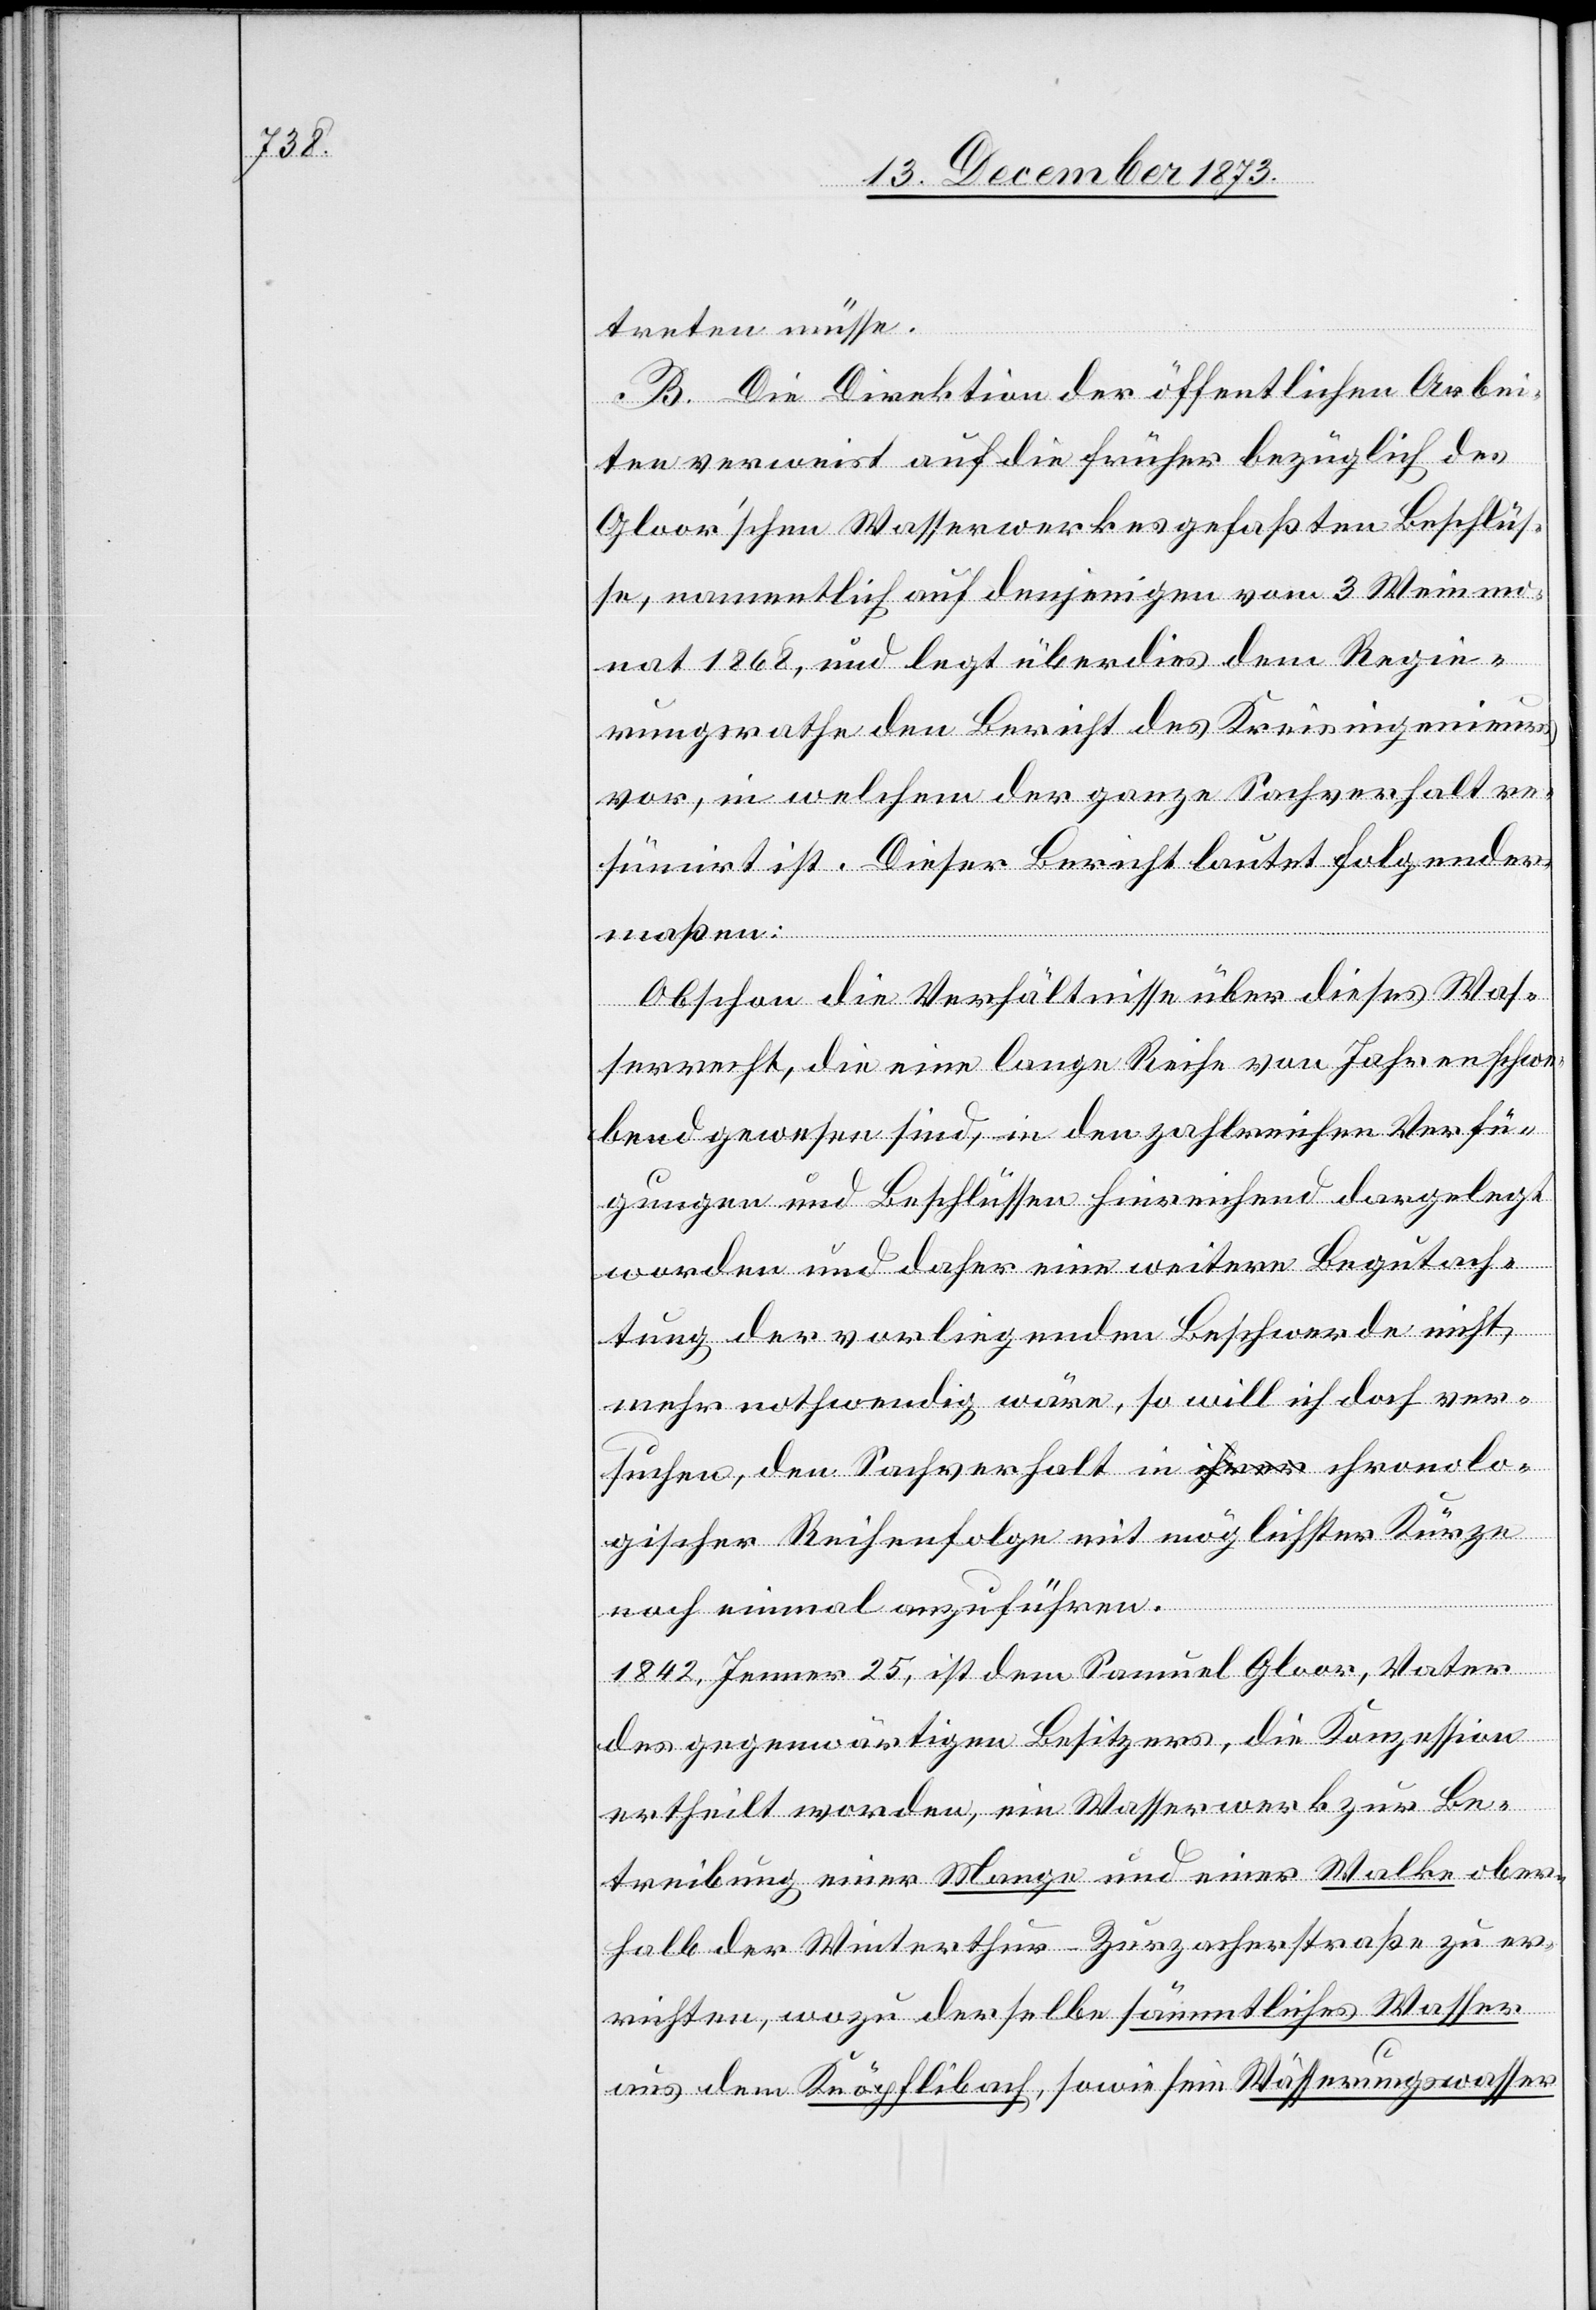
treten müsse.
B. Die Direktion der öffentlichen Arbei¬
ten verweist auf die früher bezüglich des
Gloor’schen Wasserwerkes gefaßten Beschlüs¬
se, namentlich auf denjenigen vom 3 Weinmo¬
nat 1868, und legt überdies dem Regie¬
rungsrathe den Bericht des Kreisingenieurs
vor, in welchem der ganze Sachverhalt re¬
sümirt ist. Dieser Bericht lautet folgender¬
maßen:
Obschon die Verhältnisse über dieses Was¬
serrecht, die eine lange Reihe von Jahren schwe¬
bend gewesen sind, in den zahlreichen Verfü¬
gungen und Beschlüssen hinreichend dargelegt
worden und daher eine weitere Begutach¬
tung der vorliegenden Beschwerde nicht
mehr nothwendig wäre, so will ich doch ver¬
suchen, den Sachverhalt in chronolo¬
gischer Reihenfolge mit möglichster Kürze
noch einmal anzuführen.
1842, Jenner 25, ist dem Samuel Gloor, Vater
des gegenwärtigen Besitzers, die Konzession
ertheilt worden, ein Wasserwerk zur Be¬
treibung einer Mange und einer Walke ober¬
halb der Winterthur–Zurzacherstraße zu er¬
richten, wozu derselbe sämmtliches Wasser
aus dem Knöpflibach, sowie sein Wässerungswasser